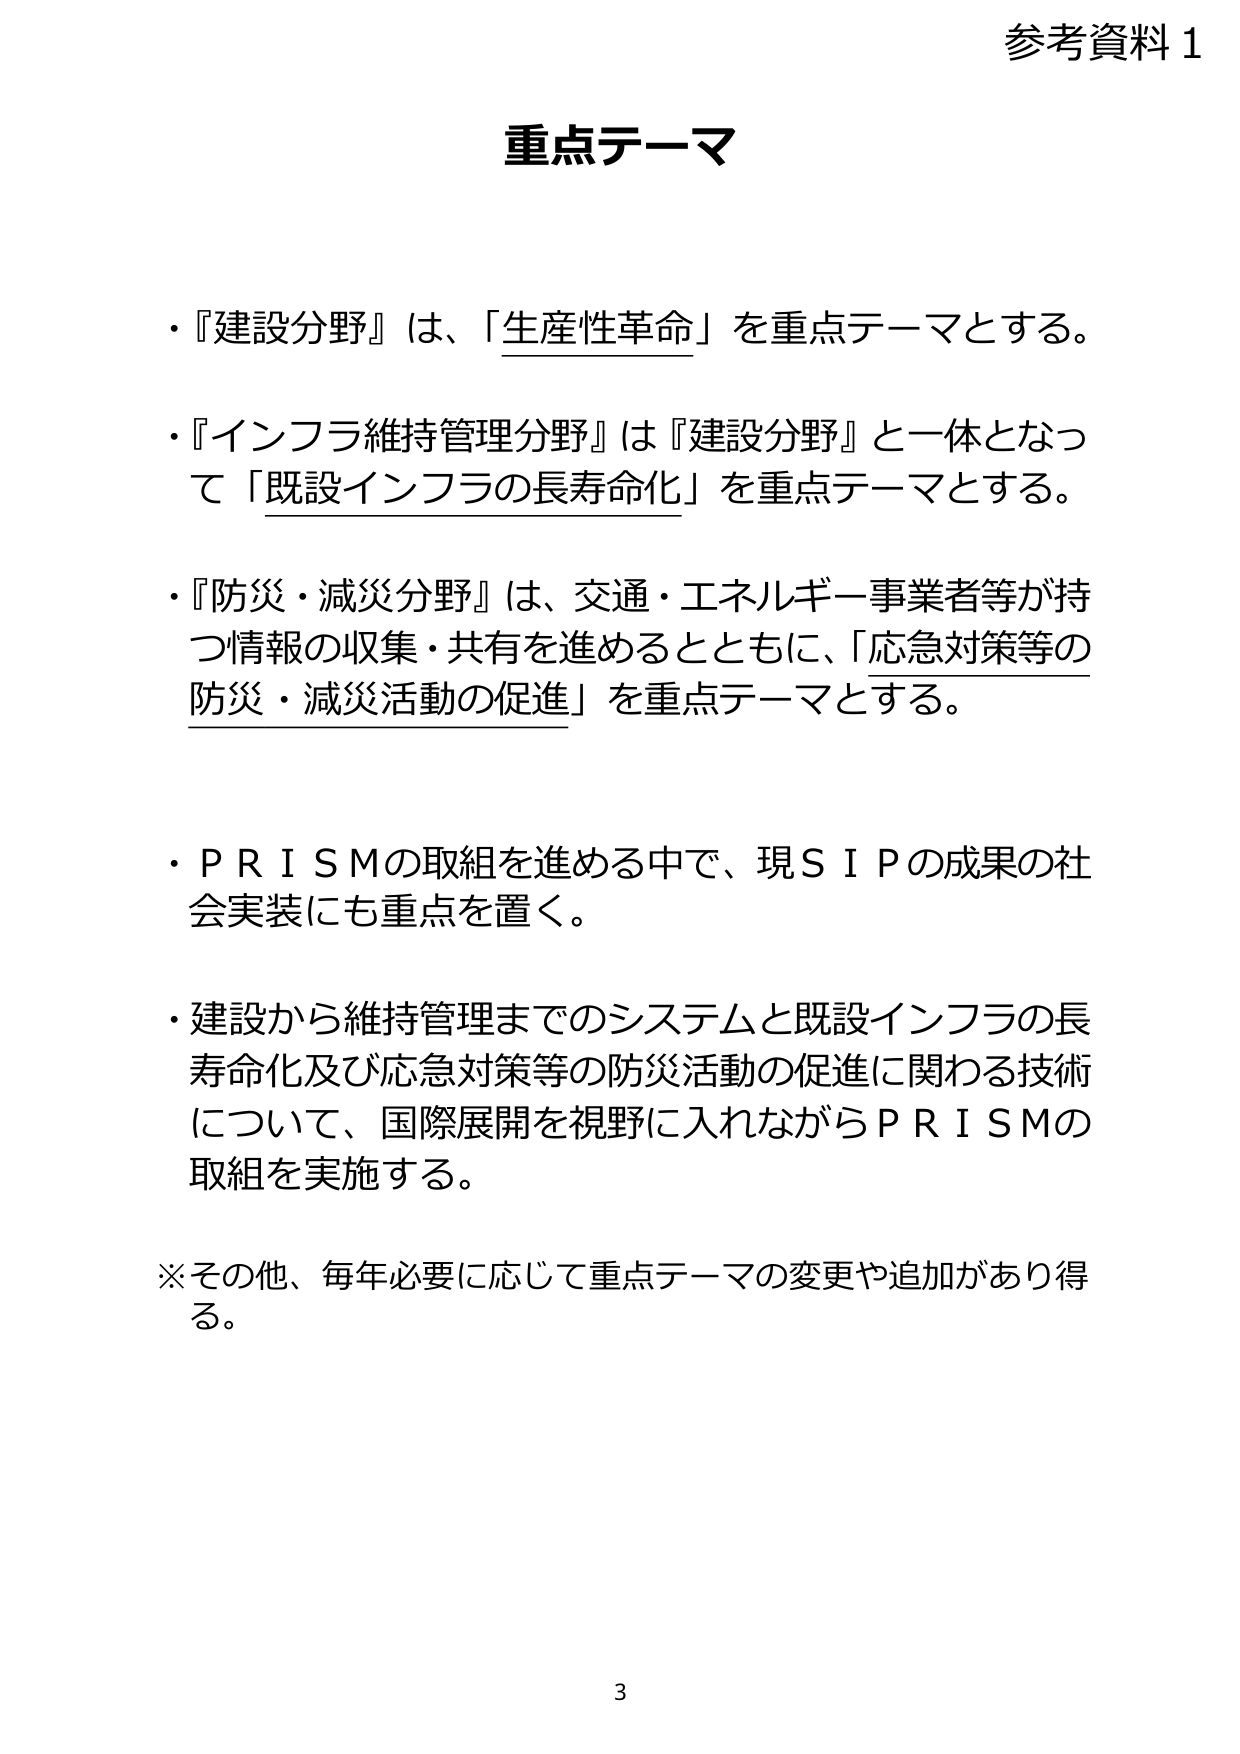
参考資料 1

重点テーマ

・『建設分野』は、「生産性革命」を重点テーマとする。

・『インフラ維持管理分野』は『建設分野』と一体となって「既設インフラの長寿命化」を重点テーマとする。

・『防災・減災分野』は、交通・エネルギー事業者等が持つ情報の収集・共有を進めるとともに、「応急対策等の防災・減災活動の促進」を重点テーマとする。

・ＰＲＩＳＭの取組を進める中で、現ＳＩＰの成果の社会実装にも重点を置く。

・建設から維持管理までのシステムと既設インフラの長寿命化及び応急対策等の防災活動の促進に関わる技術について、国際展開を視野に入れながらＰＲＩＳＭの取組を実施する。

※その他、毎年必要に応じて重点テーマの変更や追加があり得る。

3